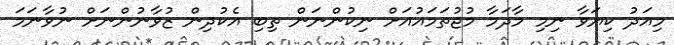
މިއަދު ކިޔަވާ ނިމި މާދަމާ މުޖުތަމައުއަށް ނިކުންނަން ތިބި އެކުދިން ޒުވާނުންނަށް ނުވާނަމަ